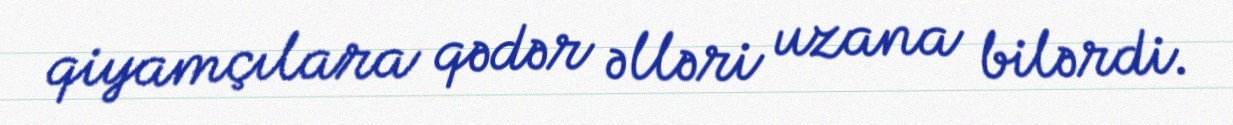
qiyamçılara qədər əlləri uzana bilərdi.